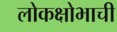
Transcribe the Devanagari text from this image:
लोकक्षोभाची